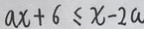
a x + 6 \leq x - 2 a